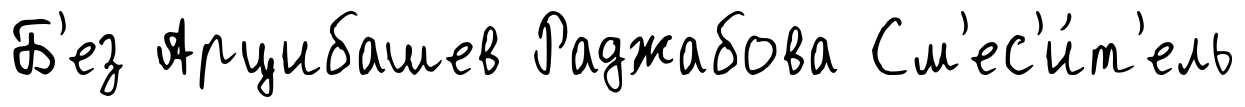
Б'ез Арцибашев Раджабова См'ес'и́т'ель